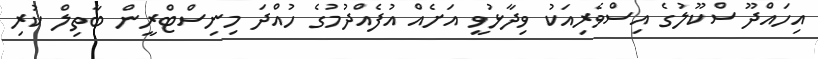
އިހައްދޫ ސްކޫލުގެ އިސްވެރިއަކު ވިދާޅުވީ އަށެއް އުފެއްދުމުގެ ހުއްދަ މިނިސްޓްރީން ބާތިލް ކުރި